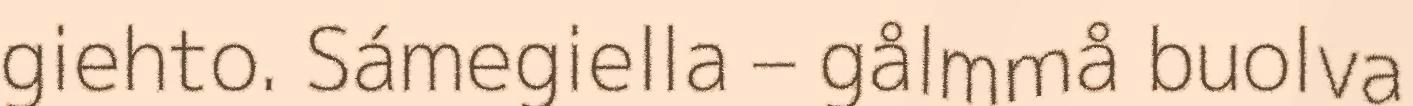
giehto. Sámegiella – gålmmå buolva